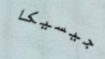
جيسيكا